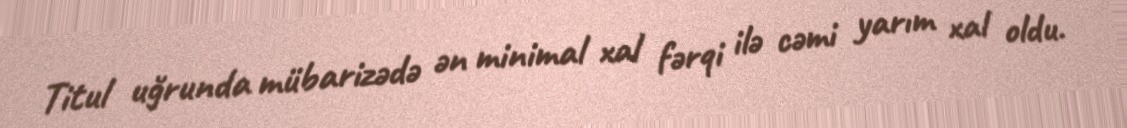
Titul uğrunda mübarizədə ən minimal xal fərqi ilə cəmi yarım xal oldu.